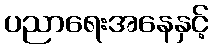
ပညာရေးအနေနှင့်